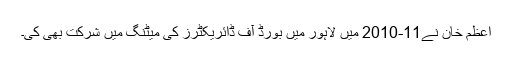
اعظم خان نے11-2010 میں لاہور میں بورڈ آف ڈائریکٹرز کی میٹنگ میں شرکت بھی کی۔